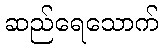
ဆည်ရေသောက်